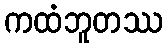
ကထံဘူတဿ